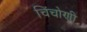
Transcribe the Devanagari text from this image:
चिंचोणी